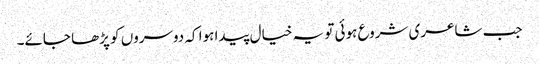
جب شاعری شروع ہوئی تو یہ خیال پیدا ہوا کہ دوسروں کو پڑھا جائے۔